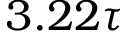
3 . 2 2 \tau